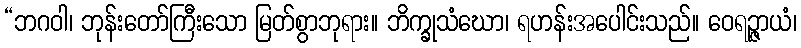
“ဘဂဝါ၊ ဘုန်းတော်ကြီးသော မြတ်စွာဘုရား။ ဘိက္ခုသံဃော၊ ရဟန်းအပေါင်းသည်။ ဝေရဉ္ဇာယံ၊